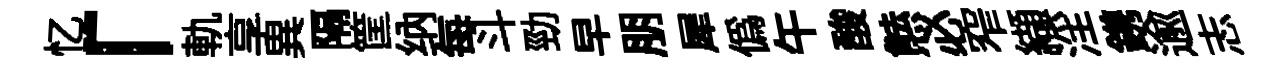
忆「軌享異隔筐纳每斗勁早朋犀偽午酸㷱必窄纈淫鎸逾志